Preliminary report on the development of the Leishman-Donovan body in the bed bug - Number 27
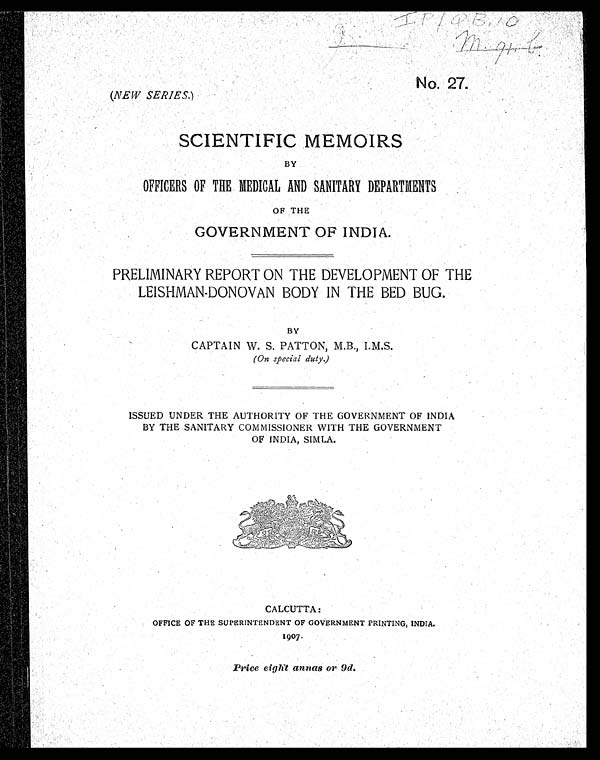
No. 2 7 .
(NEW SERIES.)
SCIENTIFIC MEMOIRS
BY
OFFICERS OF THE MEDICAL AND SANITARY DEPARTMENTS
OF THE
GOVERNMENT OF INDIA.
PRELIMINARY REPORT ON THE DEVELOPMENT OF THE
LEISHMAN-DONOVAN BODY IN THE BED BUG.
BY
CAPTAIN W. S. PATTON, M.B., I.M.S.
( On special duty.)
ISSUED UNDER THE AUTHORITY OF THE GOVERNMENT OF INDIA
BY THE SANITARY COMMISSIONER WITH THE GOVERNMENT
OF INDIA, SIMLA.
CALCUTTA:
OFFICE OF THE SUPERINTENDENT OF GOVERNMENT PRINTING, INDIA.
1907.
Price eight annas or 9d.